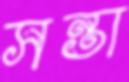
সন্তা